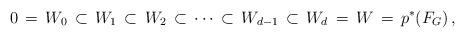
LaTeX: \begin{align*}0\,=\, W_{0}\,\subset\, W_{1}\,\subset\, W_{2}\,\subset\,\cdots\,\subset\, W_{d-1}\,\subset\, W_{d}\,=\, W\,=\, p^{*}(F_{G})\, ,\end{align*}